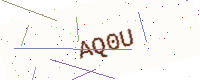
Text: AQ0U